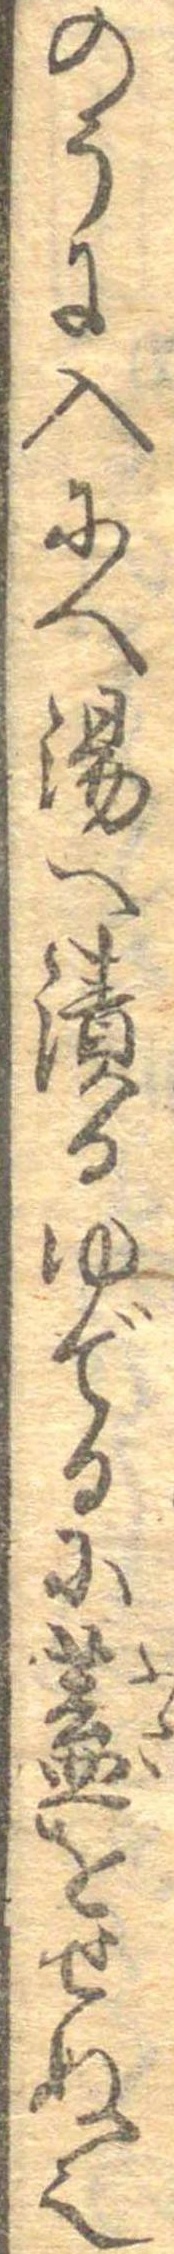
のうに入にへ湯へ漬るゆでるに蓋をせぬ也